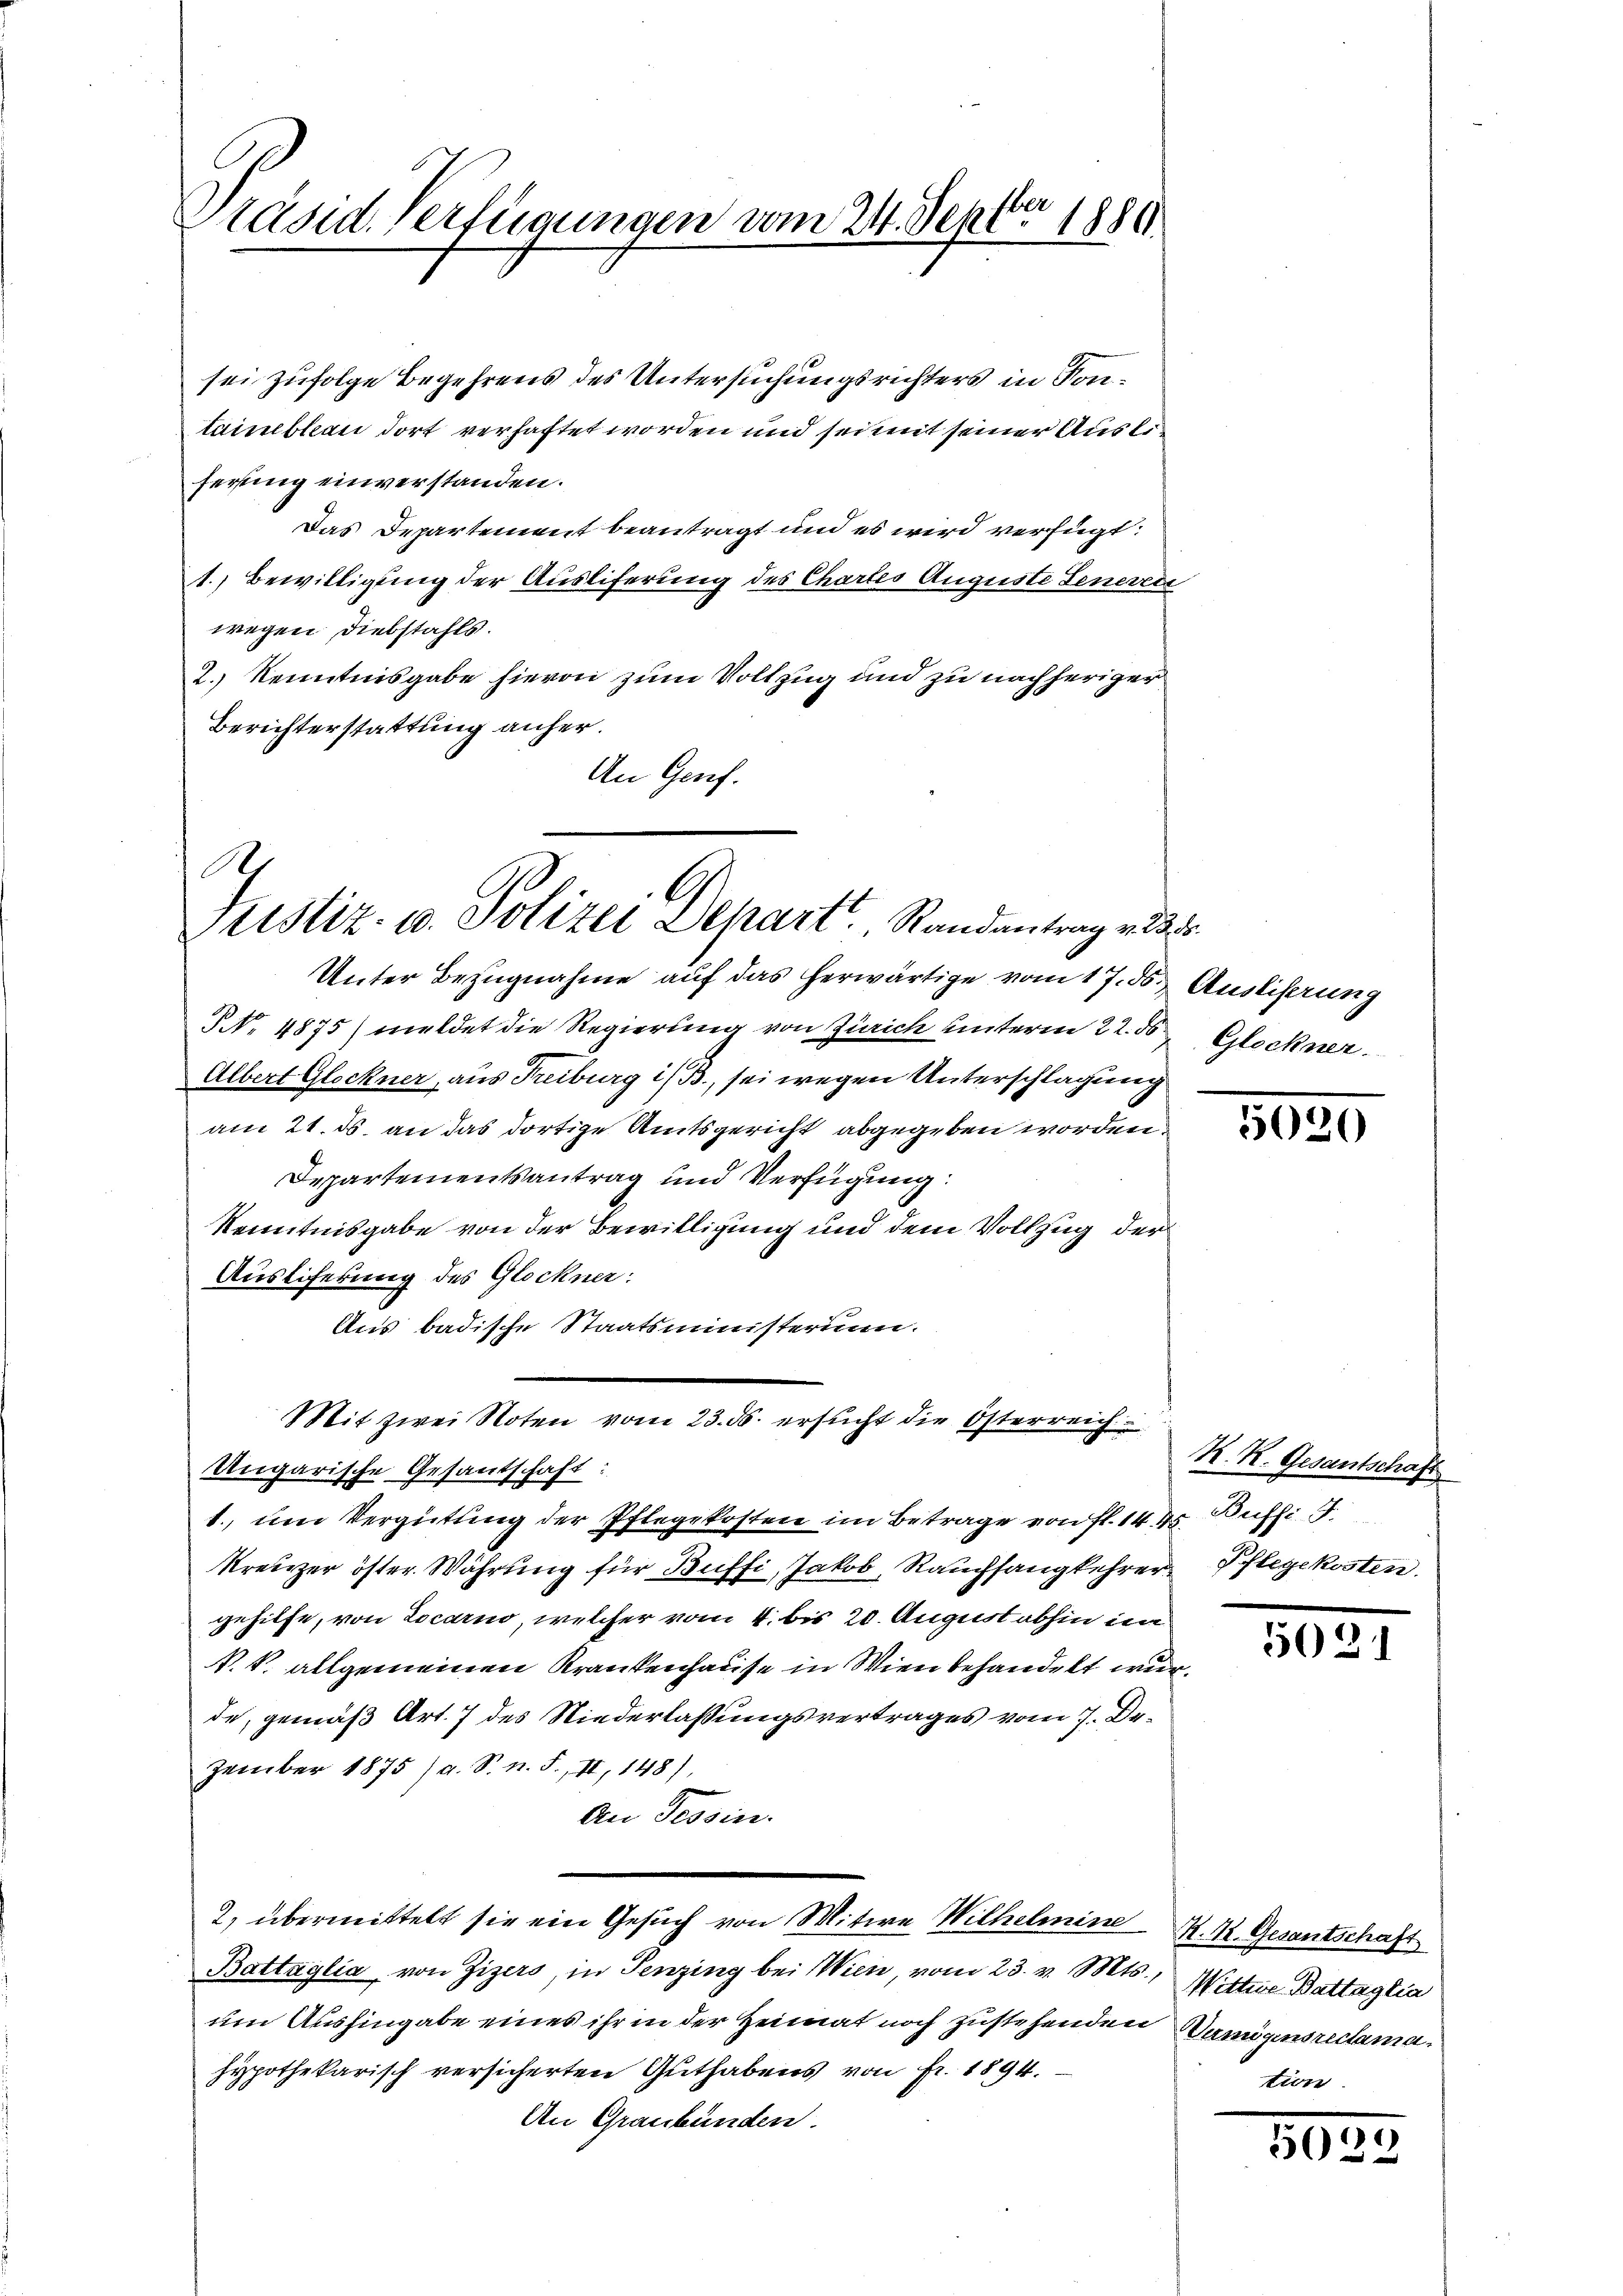
ber
Präsid. Verfügungen vom 24. Sept. 1880

sei zufolge Begehrens des Untersuchungsrichters in Kontainebleau dort verhaftet worden und sei mit seiner Ausleferung einverstanden.
Das Departement beantragt und es wird verfügt:
1. Bewilligung der Ausliferung des Chartes Auguste Generede
wegen Diebstahls.
2.) Kenntnisgabe hievon zum Vollzug und zu nachheriger
Berichterstattung anher.
An Genf.

A.
l
Justiz- u. Polizei Depart. Randantrag v. 235.

Unter Bezugnahme auf das herwärtige vom 17. ds. Austiferung
NNo. 4875) meldet die Regierung von Zürich unterm 22. ds Glockner
Albert Glockner, aus Freiburg i/B., sei wegen Unterschlagung
am 21. ds. an das dortige Amtsgericht abgegeben worden.
Departementsantrag und Verfügung
Kenntnisgabe von der Bewilligung und dem Vollzug der
Austiferung des Glockner:
Aus badische Staatsministerium.
Ungarische Gesantschaft:
1. um Vergütung der Pflegekosten im Betrage von fl. 1445. Büffi J.
Kreuzer öster Währung für Büffi, Jakob, Rauchfangkehrer
gehilfe, von Locarno, welcher vom 4. bis 20. August abhin in
V. k. allgemeinen Krankenhause in Wien behandelt wurde, gemäß Art. 7 des Niederlassungsvertrages vom 7. Dezember 1875 /d. S. n. F. II, 148).
An Tessin.
2, übermittelt sie ein Gesuch von Mitwe Wilhelmine N. K. Gesantschaft
Battaglia von Zizers, in Penzing bei Wien, vom 23. v. Mts., Wittwe Battaglia
um Aushingabe eines ihr in der Heimat noch zustehenden Damögensreclamahypothekarisch versicherten Guthabens von Fr. 1894.
An Graubünden.

Mit zwei Noten vom 23. ds. ersucht die Osterreich

5020

R. R. Gesantschaft
Pflegekosten.

502

tion

1
3